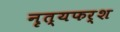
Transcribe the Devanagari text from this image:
नृत्यफर्श